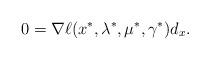
LaTeX: \begin{align*}0 = \nabla \ell(x^*,\lambda^*,\mu^*,\gamma^*)d_x.\end{align*}